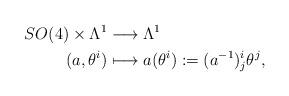
LaTeX: \begin{align*}SO(4)\times\Lambda^1&\longrightarrow\Lambda^1 \\(a,\theta^i)&\longmapsto a(\theta^i):=(a^{-1})_j^i\theta^j, \end{align*}